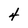
Character: 4